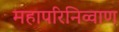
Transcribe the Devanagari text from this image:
महापरिनिव्वाण